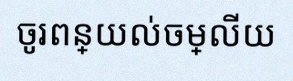
ចូរពន្យល់ចម្លើយ